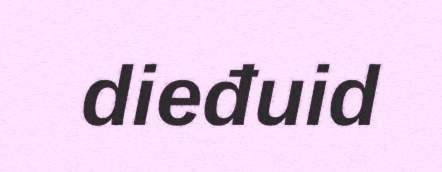
dieđuid